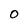
Character: 0